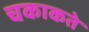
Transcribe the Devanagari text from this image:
चकाकते